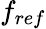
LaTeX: f_{ref}